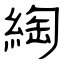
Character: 綯